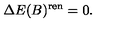
\Delta E ( B ) ^ { \mathrm { r e n } } = 0 .